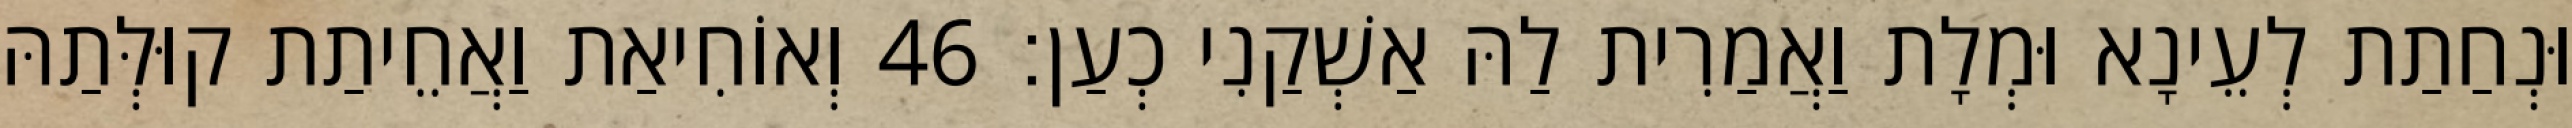
וּנְחַתַת לְעֵינָא וּמְלָת וַאֲמַרִית לַהּ אַשְׁקַנִי כְעַן׃ 46 וְאוֹחִיאַת וַאֲחֵיתַת קוּלְּתַהּ